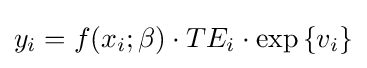
y_{i}=f(x_{i};\beta )\cdot TE_{i}\cdot \exp \left\{{v_{i}}\right\}